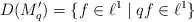
\begin{align*}D(M_{q}')=\{f\in\ell^{1}\;|\;qf\in\ell^{1}\}\end{align*}